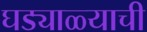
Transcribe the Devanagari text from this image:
घड्याळ्याची